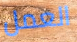
العمل